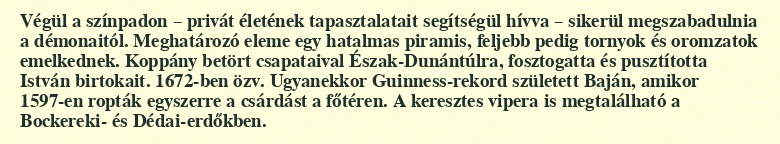
Végül a színpadon – privát életének tapasztalatait segítségül hívva – sikerül megszabadulnia a démonaitól. Meghatározó eleme egy hatalmas piramis, feljebb pedig tornyok és oromzatok emelkednek. Koppány betört csapataival Észak-Dunántúlra, fosztogatta és pusztította István birtokait. 1672-ben özv. Ugyanekkor Guinness-rekord született Baján, amikor 1597-en ropták egyszerre a csárdást a főtéren. A keresztes vipera is megtalálható a Bockereki- és Dédai-erdőkben.